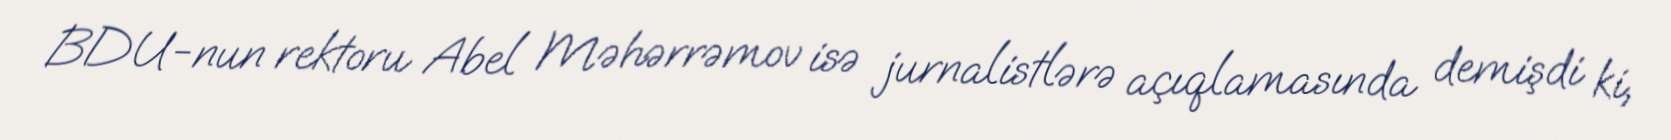
BDU-nun rektoru Abel Məhərrəmov isə jurnalistlərə açıqlamasında demişdi ki,